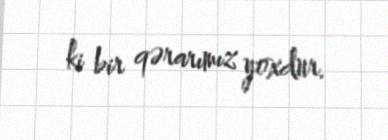
ki bir qərarımız yoxdur.